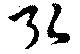
弘